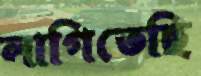
লাগিতেছি